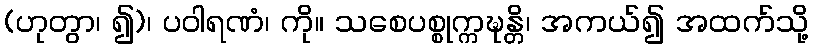
(ဟုတွာ၊ ၍)၊ ပဝါရဏံ၊ ကို။ သစေပစ္စုက္ကဍ္ဎန္တိ၊ အကယ်၍ အထက်သို့